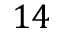
1 4